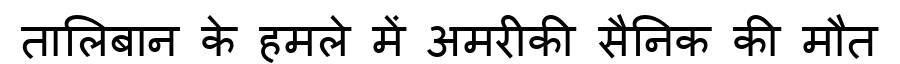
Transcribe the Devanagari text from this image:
तालिबान के हमले में अमरीकी सैनिक की मौत